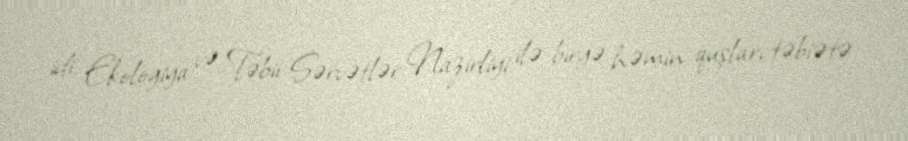
idi. Ekologiya və Təbii Sərvətlər Nazirliyi ilə birgə həmin quşları təbiətə